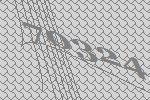
70324